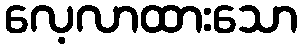
လေ့လာထားသော